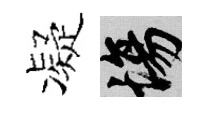
凝場